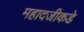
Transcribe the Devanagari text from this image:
महादजीकडे